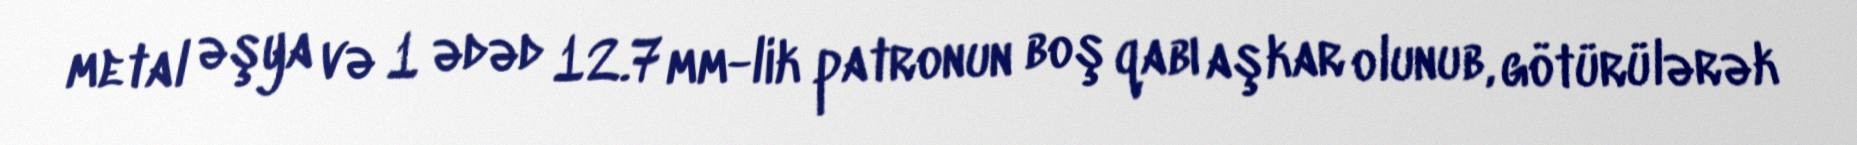
metal əşya və 1 ədəd 12.7 mm-lik patronun boş qabı aşkar olunub, götürülərək